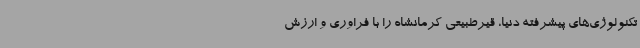
تکنولوژی‌های پیشرفته دنیا، قیرطبیعی کرمانشاه را با فراوری و ارزش